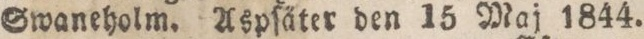
Swaneholm. Aspſäter den 15 Maj 1844.